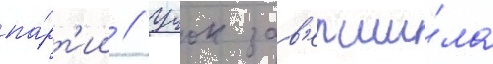
па́рт'ии // Учок зав'ерши́ла